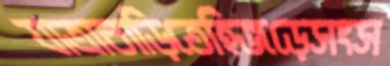
যাত্রাবাড়িতেহিজড়েসংস